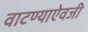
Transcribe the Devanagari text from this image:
वाटण्याऐवजी